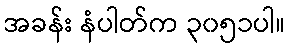
အခန်း နံပါတ်က ၃၀၅၁ပါ။